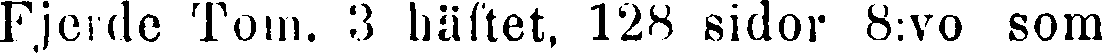
Fjerde Tom. 3 häftet, 128 sidor 8:vo som